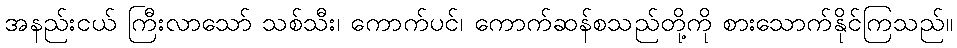
အနည်းငယ် ကြီးလာသော် သစ်သီး၊ ကောက်ပင်၊ ကောက်ဆန်စသည်တို့ကို စားသောက်နိုင်ကြသည်။